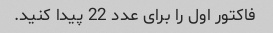
فاکتور اول را برای عدد 22 پیدا کنید.